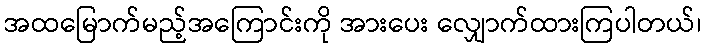
အထမြောက်မည့်အကြောင်းကို အားပေး လျှောက်ထားကြပါတယ်၊